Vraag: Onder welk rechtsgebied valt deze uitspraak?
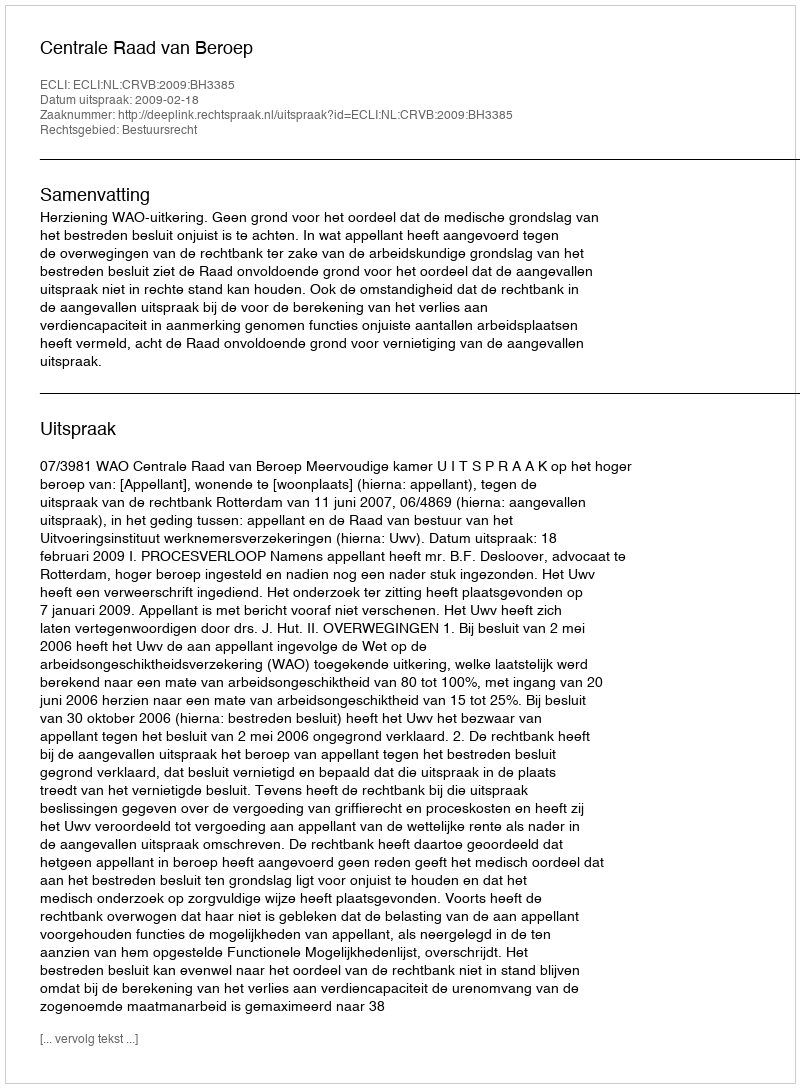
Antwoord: Bestuursrecht